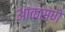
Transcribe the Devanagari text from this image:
आकसणे